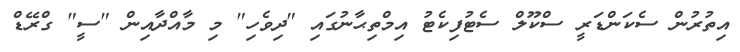
އިތުރުން ސެކަންޑަރީ ސްކޫލް ސެޓުފިކެޓު އިމްތިޙާނުގައި "ދިވެހި" މި މާއްދާއިން "ސީ" ގްރޭޑް